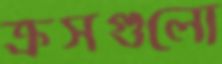
ক্রসগুলো